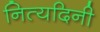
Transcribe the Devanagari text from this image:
नित्यदिनी